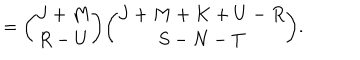
LaTeX: = { \binom { J + M } { R - U } } { \binom { J + M + K + U - R } { S - N - T } } .